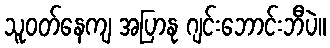
သူဝတ်နေကျ အပြာနု ဂျင်းဘောင်းဘီပဲ။